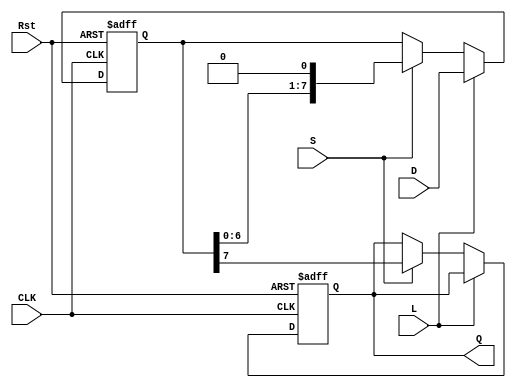
module PISO_Register #(
    parameter WIDTH = 8 // Parameter to set the width of the register
)(
    input wire [WIDTH-1:0] D,    // Parallel data inputs
    input wire L,                 // Load signal
    input wire S,                 // Shift signal
    input wire CLK,               // Clock signal
    input wire Rst,               // Reset signal (optional)
    output reg Q                  // Serial output
);

    reg [WIDTH-1:0] R;            // Shift register to hold data

    always @(posedge CLK or posedge Rst) begin
        if (Rst) begin
            R <= {WIDTH{1'b0}};   // Asynchronously reset register to 0
            Q <= 1'b0;            // Reset serial output to 0
        end else begin
            if (L) begin
                R <= D;           // Load parallel data into shift register
            end else if (S) begin
                Q <= R[WIDTH-1];  // Output MSB of the shift register
                R <= {R[WIDTH-2:0], 1'b0}; // Shift left, inserting 0 at LSB
            end
            // If neither L nor S is asserted, retain current state
        end
    end

endmodule